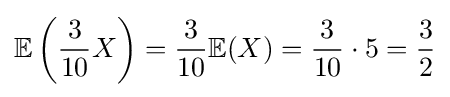
\mathbb {E} \left({\frac {3}{10}}X\right)={\frac {3}{10}}\mathbb {E} (X)={\frac {3}{10}}\cdot 5={\frac {3}{2}}